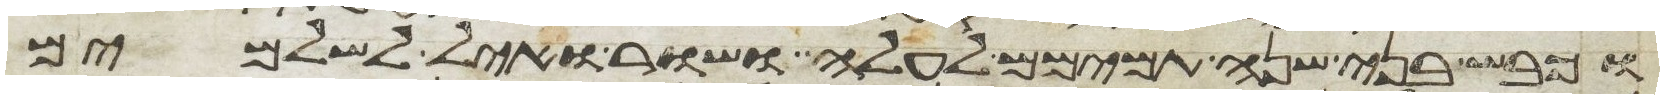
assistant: וכבש בני שנה תמימם לעלה ושור ואיל לשלמים